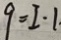
q = I \cdot 1 .